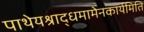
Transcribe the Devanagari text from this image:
पाथेयश्राद्धमामेनकार्यमिति